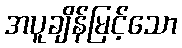
အပူချိန်မြင့်သော